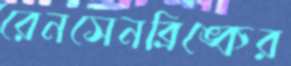
রেনসেনব্রিঙ্কের